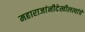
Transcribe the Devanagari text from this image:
महाराजांनीदेखीलत्यांचे